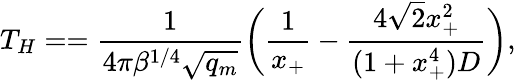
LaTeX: T_{H}==\frac{1}{4\pi\beta^{1/4}\sqrt{q_{m}}}\biggl(\frac{1}{x_{+}}-\frac{4\sqrt{2}x_{+}^{2}}{(1+x_{+}^{4})D}\biggr),